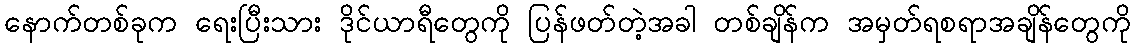
နောက်တစ်ခုက ရေးပြီးသား ဒိုင်ယာရီတွေကို ပြန်ဖတ်တဲ့အခါ တစ်ချိန်က အမှတ်ရစရာအချိန်တွေကို